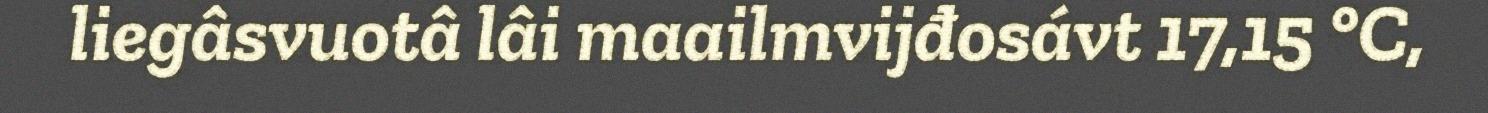
liegâsvuotâ lâi maailmvijđosávt 17,15 °C,